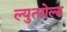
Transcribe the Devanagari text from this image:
ल्युत्पोल्ड